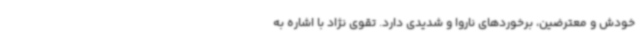
خودش و معترضین، برخوردهای ناروا و شدیدی دارد. تقوی نژاد با اشاره به